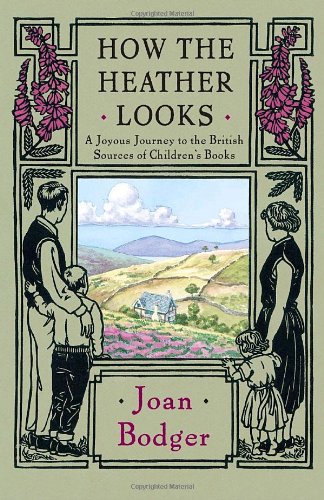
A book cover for How the Heather Looks: A Joyous Journey to the British Sources of Children's Books; Joan Bodger; Travel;